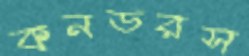
কনডরস